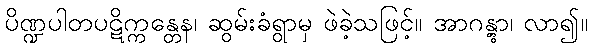
ပိဏ္ဍပါတပဋိက္ကန္တေန၊ ဆွမ်းခံရွာမှ ဖဲခဲ့သဖြင့်။ အာဂန္တွာ၊ လာ၍။